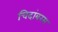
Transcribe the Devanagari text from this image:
चिदांबरम